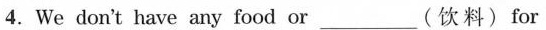
4. We don't have any food or____ (饮料)for